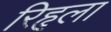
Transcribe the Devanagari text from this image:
रिहृला